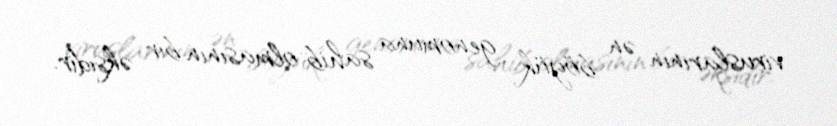
viruslarının ən böyük genomuna sahib olmasının bir əksidir.